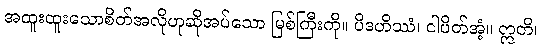
အထူးထူးသောစိတ်အလိုဟုဆိုအပ်သော မြစ်ကြီးကို။ ပိဒဟိဿံ၊ ငါပိတ်အံ့။ ဣတိ၊